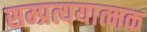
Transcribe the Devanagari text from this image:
सम्प्रत्ययात्मक